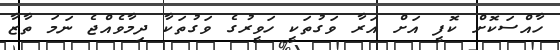
ހާއްސަކޮށް ކޮފީ އަށް އަރާ ވަގުތަކީ ހަވީރުގެ ވަގުތަކާ ދިމާވެއްޖެ ނަމަ ތާޒާ